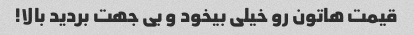
قیمت هاتون رو خیلی بیخود و بی جهت بردید بالا!